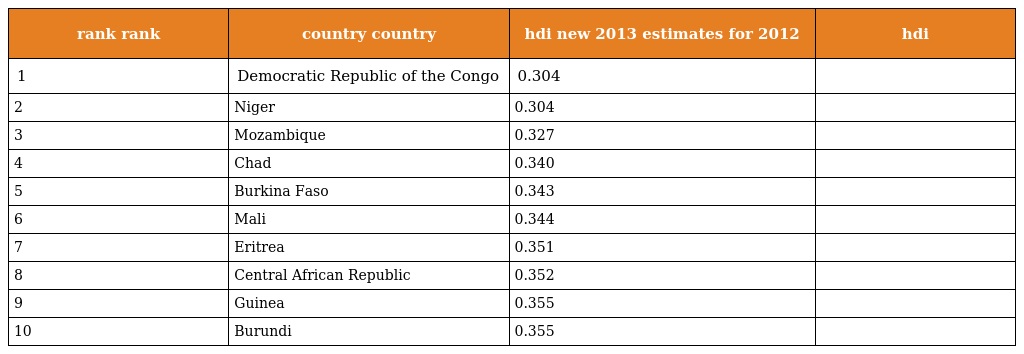
| rank rank | country country | hdi new 2013 estimates for 2012 | hdi |
 | --- | --- | --- | --- |
 | 1 | Democratic Republic of the Congo | 0.304 |  |
 | 2 | Niger | 0.304 |  |
 | 3 | Mozambique | 0.327 |  |
 | 4 | Chad | 0.340 |  |
 | 5 | Burkina Faso | 0.343 |  |
 | 6 | Mali | 0.344 |  |
 | 7 | Eritrea | 0.351 |  |
 | 8 | Central African Republic | 0.352 |  |
 | 9 | Guinea | 0.355 |  |
 | 10 | Burundi | 0.355 |  |